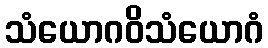
သံယောဂဝိသံယောဂံ